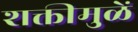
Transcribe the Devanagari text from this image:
शक्तीमुळें